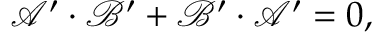
\mathcal { A } ^ { \prime } \cdot \mathcal { B } ^ { \prime } + \mathcal { B } ^ { \prime } \cdot \mathcal { A } ^ { \prime } = 0 ,